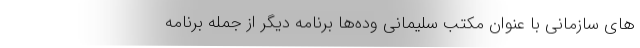
های سازمانی با عنوان مکتب سلیمانی وده‌ها برنامه دیگر از جمله برنامه